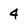
Character: 4